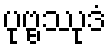
ပုဗ္ဗဿုဒံ